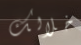
خلالك